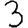
Digit: 3